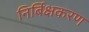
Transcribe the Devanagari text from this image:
निर्बिक्षकरण